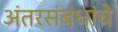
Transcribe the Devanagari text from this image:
अंतरसंबंधांचे